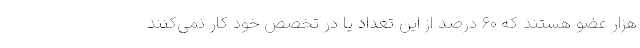
هزار عضو هستند که ۶۰ درصد از این تعداد یا در تخصص خود کار نمی‌کنند